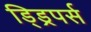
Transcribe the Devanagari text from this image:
ड्ड्रिपर्स